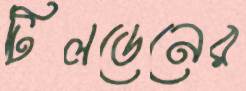
টিলডেনের